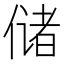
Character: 储